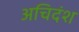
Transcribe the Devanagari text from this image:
अचिदंश